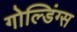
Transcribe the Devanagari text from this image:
गोल्डिंग्स